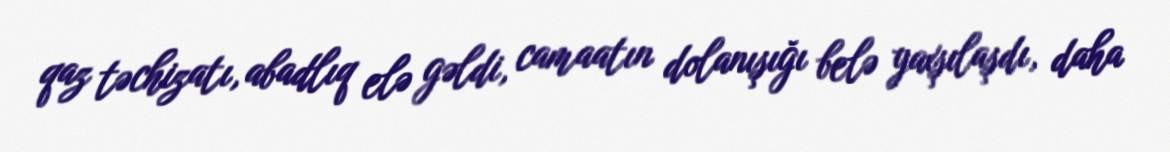
qaz təchizatı, abadlıq elə gəldi, camaatın dolanışığı belə yaxşılaşdı, daha